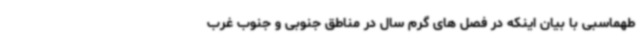
طهماسبی با بیان اینکه در فصل های گرم سال در مناطق جنوبی و جنوب غرب